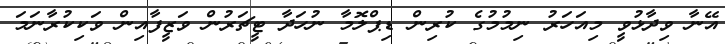
އޭނާ ވިދާޅުވީ މިއަހަރު ނިމުމުގެ ކުރިން ޑިޕްލޮމާ ނުހަދާ ޓީޗަރުން ވަޒީފާއިން ވަކިކުރާނަމަ